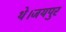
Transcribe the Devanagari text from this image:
थे।जयपुर